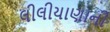
લીલીયાણાની